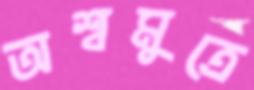
অশ্বমুত্রে